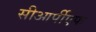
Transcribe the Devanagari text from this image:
सीआर्पीएफ